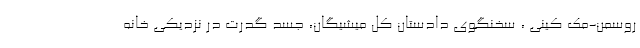
روسمن-مک کینی ، سخنگوی دادستان کل میشیگان، جسد گدرت در نزدیکی خانه